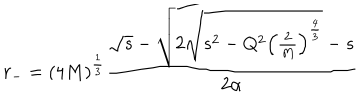
LaTeX: r _ { - } = ( 4 M ) ^ { \frac 1 3 } \frac { \sqrt { s } - \sqrt { 2 \sqrt { s ^ { 2 } - Q ^ { 2 } \left( \frac { 2 } { M } \right) ^ { \frac 4 3 } } - s } } { 2 \alpha }